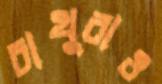
চাথুরাও